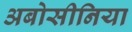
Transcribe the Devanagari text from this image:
अबोसीनिया